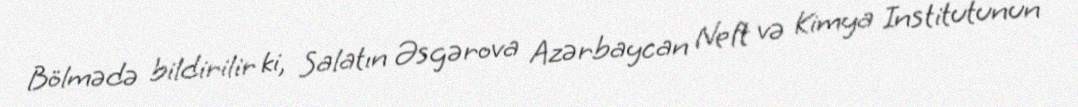
Bölmədə bildirilir ki, Salatın Əsgərova Azərbaycan Neft və Kimya Institutunun